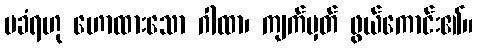
မခံရဟု ဟောထားသော ဂါထာ၊ ကျက်မှတ် ဖွယ်ကောင်း၏။